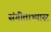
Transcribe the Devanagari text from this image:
संगीताभ्यास